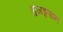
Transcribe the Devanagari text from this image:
भुजङ्गसन